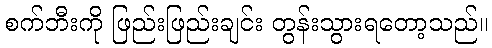
စက်ဘီးကို ဖြည်းဖြည်းချင်း တွန်းသွားရတော့သည်။